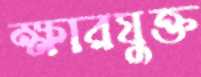
ক্ষারযুক্ত